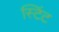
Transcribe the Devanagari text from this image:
स्टिंट